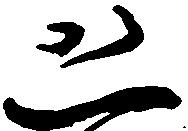
恐